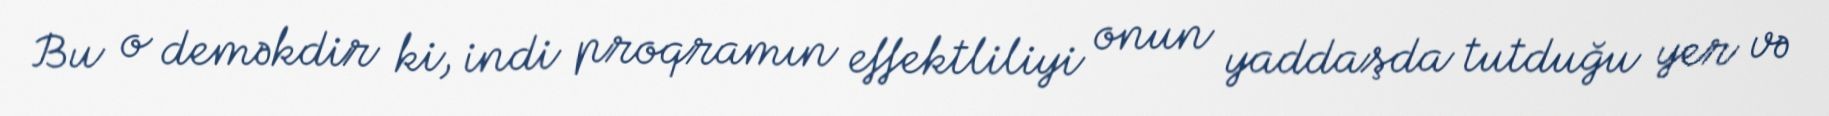
Bu o deməkdir ki, indi proqramın effektliliyi onun yaddaşda tutduğu yer və